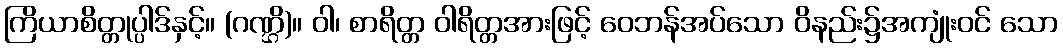
ကြိယာစိတ္တုပ္ပါဒ်နှင့်။ (ဂဏ္ဌိ)။ ဝါ၊ စာရိတ္တ ဝါရိတ္တအားဖြင့် ဝေဘန်အပ်သော ဝိနည်း၌အကျုံးဝင် သော